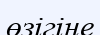
өзігіне